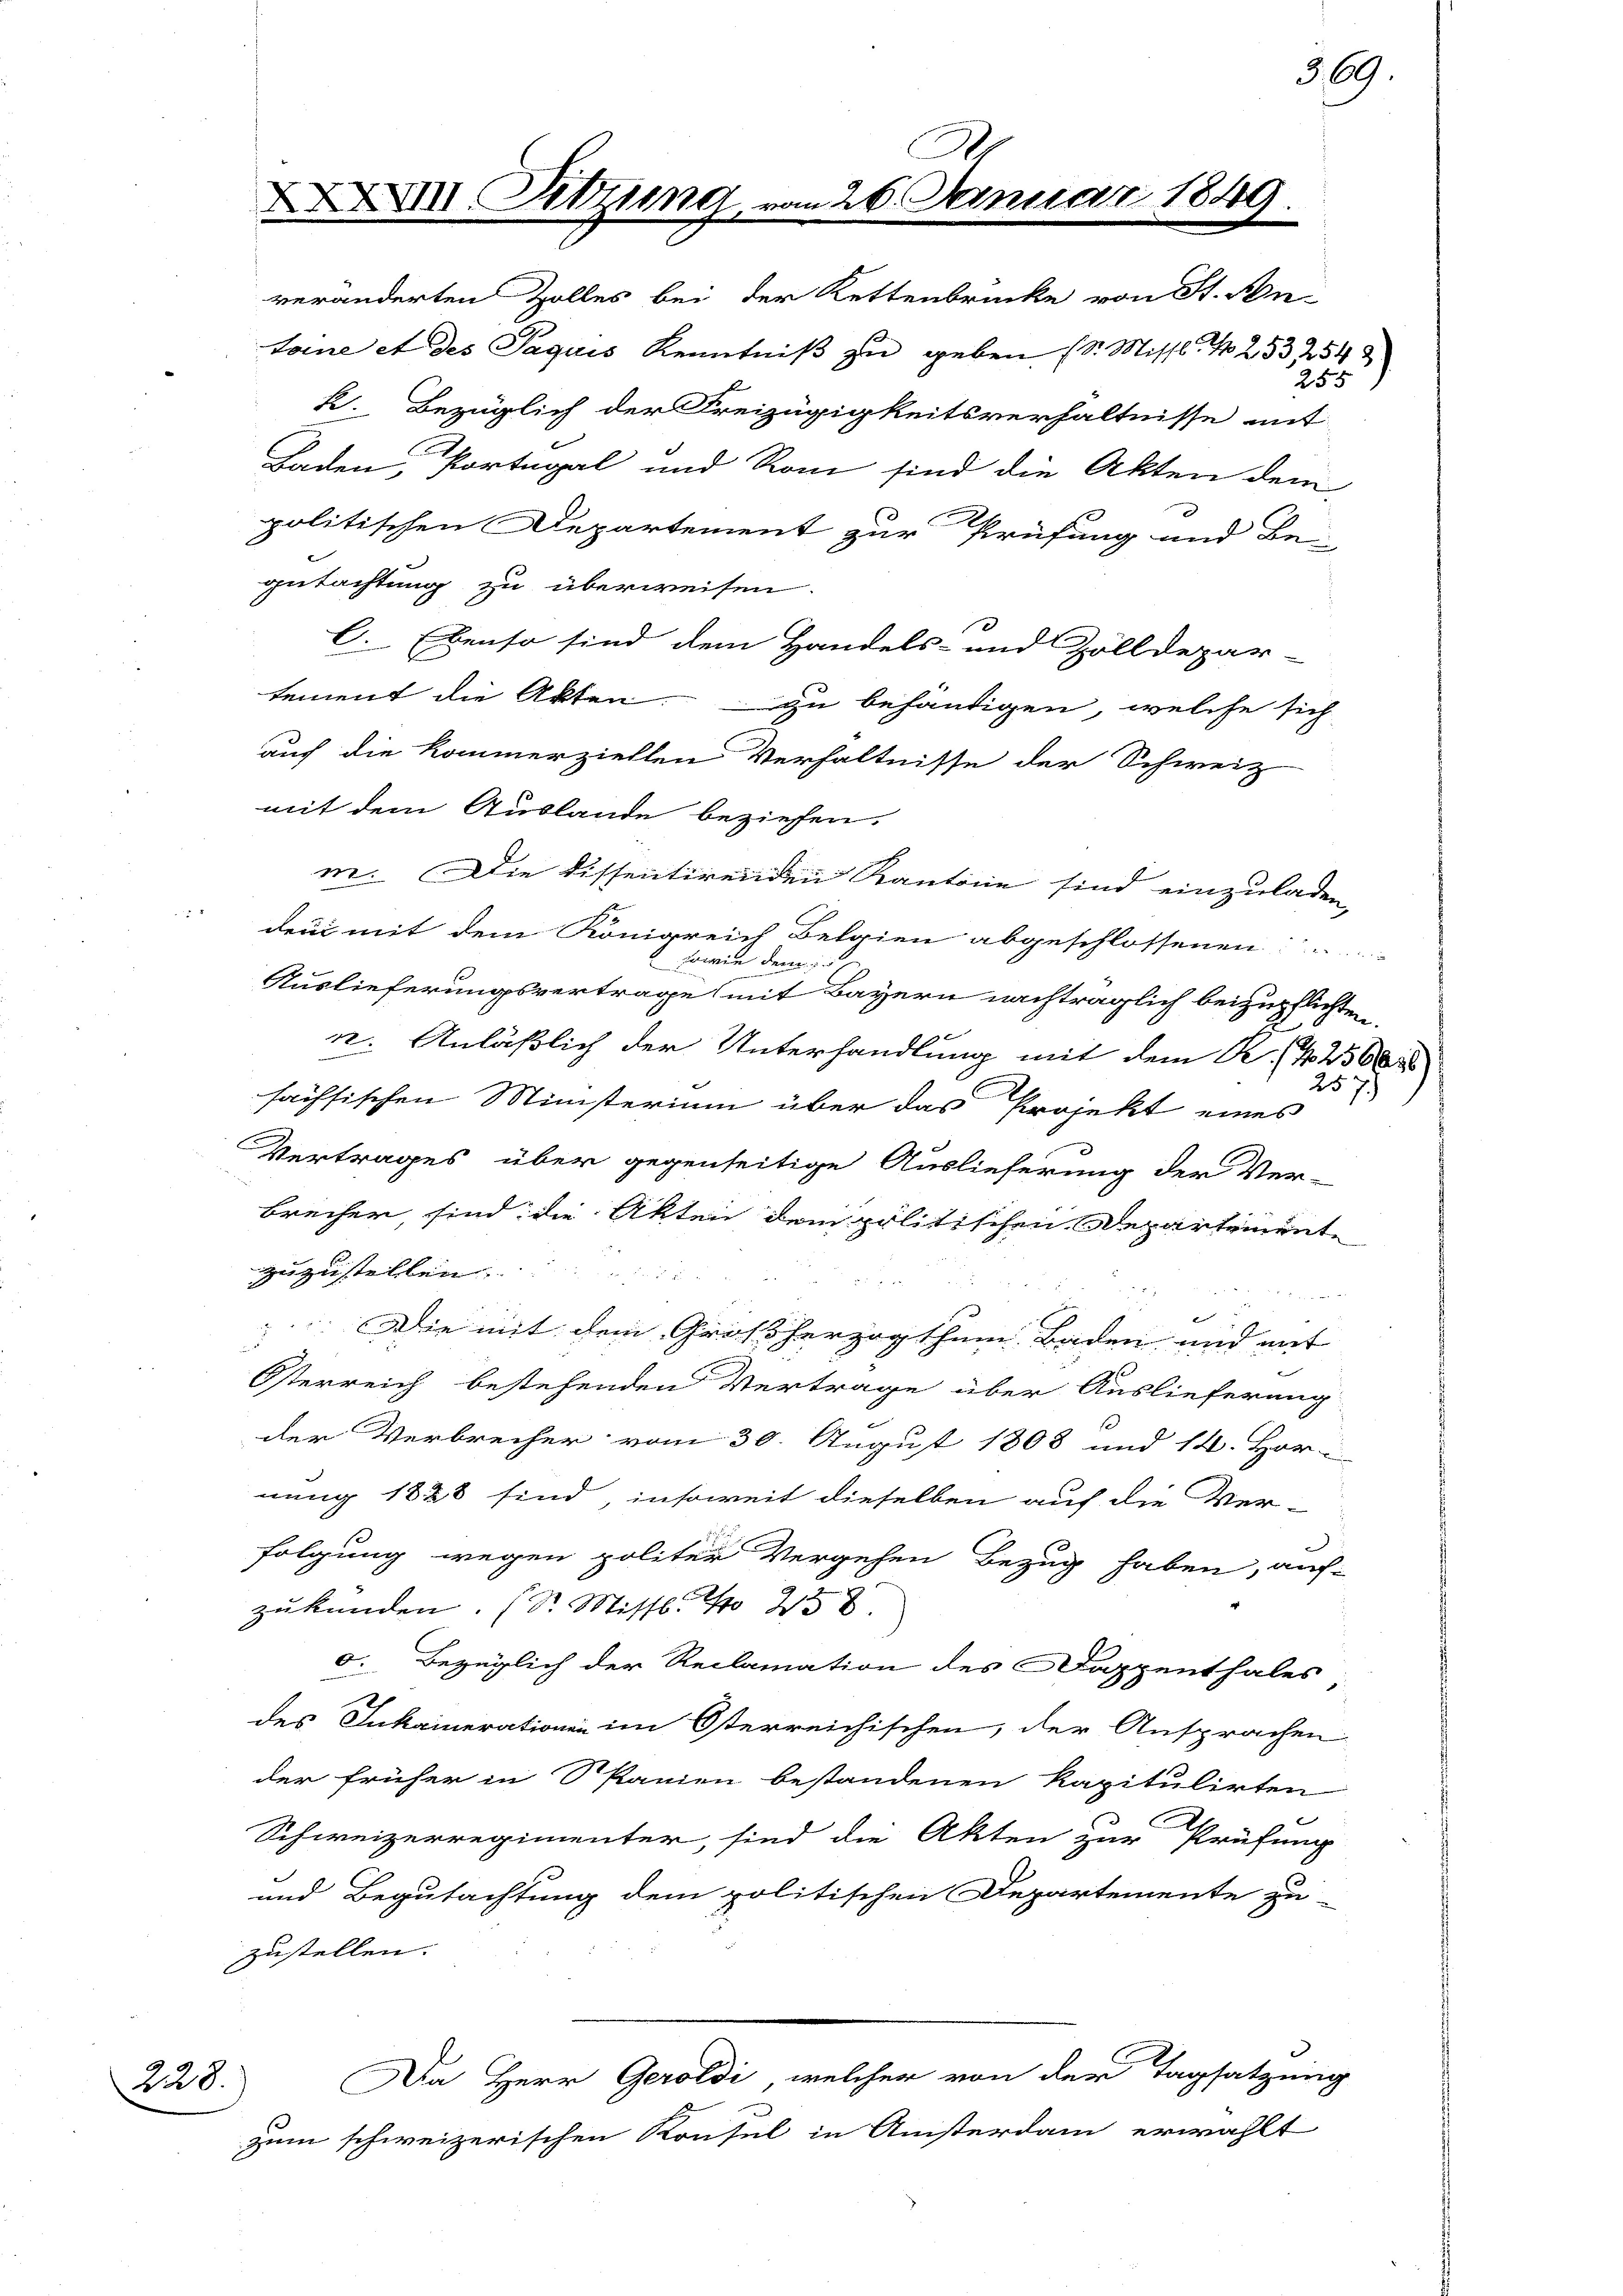
228.

veränderten Zolles bei der Kettenbrücke von St. An
toine et des Paquis Kenntniß zu geben (S. Missl. N. 2532542.
k. Bezüglich der Freizügigkeitsverhältnisse mit
Baden, Portugal und Rom sind die Akten dem
politischen Departement zur Prüfung und Be-
gutachtung zu überweisen.
C. Ebenso sind dem Handels- und Zolldepar-
tement die Akten. zu behändigen, welche sich
auch die kommerziellen Verhältnisse der Schweiz
mit dem Auslande beziehen.
m. Die dissentirenden Kantone sind einzuladen,
den mit dem Königreich Belgien abgeschlossenen
Brie
deren
1
Auslieferungsvertrage mit Bayern nachträglich beizupflichten.
n. Anläßlich der Unterhandlung mit dem R. 42560
fachsischen Ministerium über das Projekt eines
Vertrages über gegenseitige Auslieferung der Ver-
Brecher, sind die Akten dem politischen Departement
zuzustellen
Die mit dem Großherzogthum Baden und mit
Österreich bestehenden Vertrage über Auslieferung
der Verbrecher vom 30. August 1808 und 14. Hor
nung 1828 sind, insoweit dieselben auf die Ver-
folgung wegen politer Vergehen Bezug haben, auf-
zukunden. (Dr. Missl. No 258.
o. Bezüglich der Reclamation des appenthales
des Inkainerationen im Osterreichischen, der Ansprachen
der früher in Spanien bestandenen Kapitulirten
Schweizerregimenter, sind die Akten zur Prüfung
und Begutachtung dem politischen Departemente zu-
zustellen.
Da Herr Geroldi, welcher von der Tagsatzung
zum schweizerischen Konsul in Ansterdam erwählt

XXIII Sitzung vom 26. Januar 1849.

255

369

257.